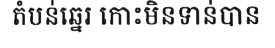
តំបន់ឆ្នេរ កោះមិនទាន់បាន